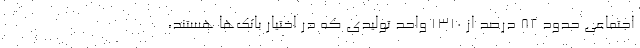
اجتماعی حدود ۸۲ درصد از ۱۳۱۰ واحد تولیدی که در اختیار بانک‌ها هستند،